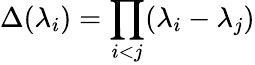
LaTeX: \Delta(\lambda_{i})=\prod_{i<j}(\lambda_{i}-\lambda_{j})